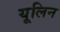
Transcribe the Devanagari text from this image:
यूलिन